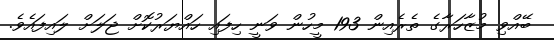
ބޭއްވި މުޒާހަރާގެ ތެރެއިން 193 މީހުން ވަނީ ހިފައި ހައްޔަރުކޮށް ޖަލަށް ލައިފައެވެ.